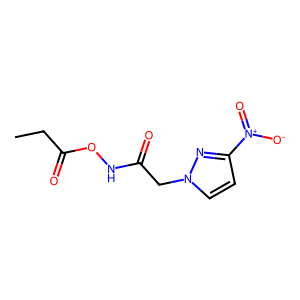
SMILES: CCC(=O)ONC(=O)Cn1ccc([N+](=O)[O-])n1
Inhibits HIV replication: No